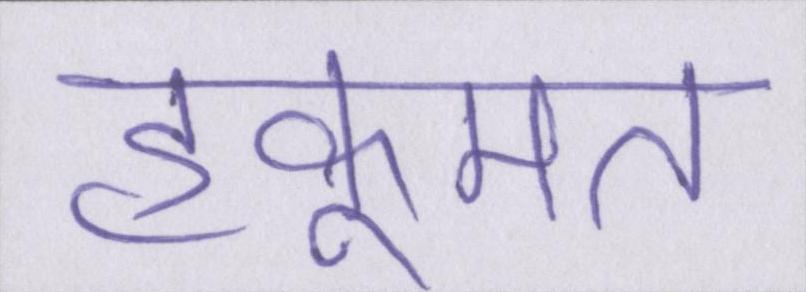
हुकूमत